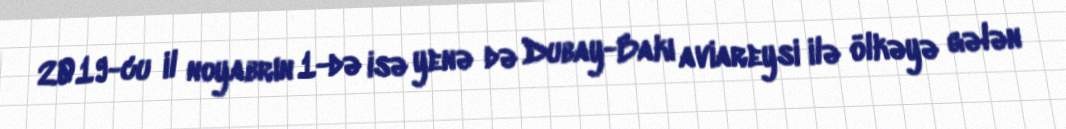
2019-cu il noyabrın 1-də isə yenə də Dubay-Bakı aviareysi ilə ölkəyə gələn